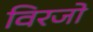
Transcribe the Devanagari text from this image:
विरजो